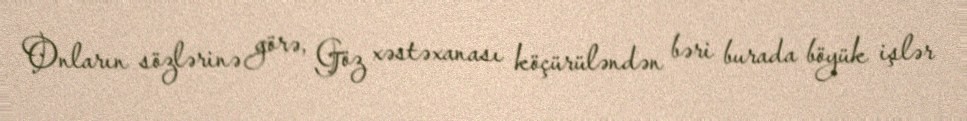
Onların sözlərinə görə, Göz xəstəxanası köçürüləndən bəri burada böyük işlər